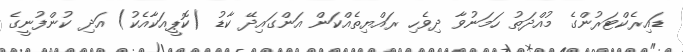
ޑައިރެކްޓަރުންގެ މުއްދަތު ހަމަނުވާ ދިވެހި ރައްޔިތެއްކަން އަންގައިދޭ ކާޑު (ކޮޕީއަކާއެކު) އަދި ކުންފުނީގެ